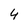
Character: 4